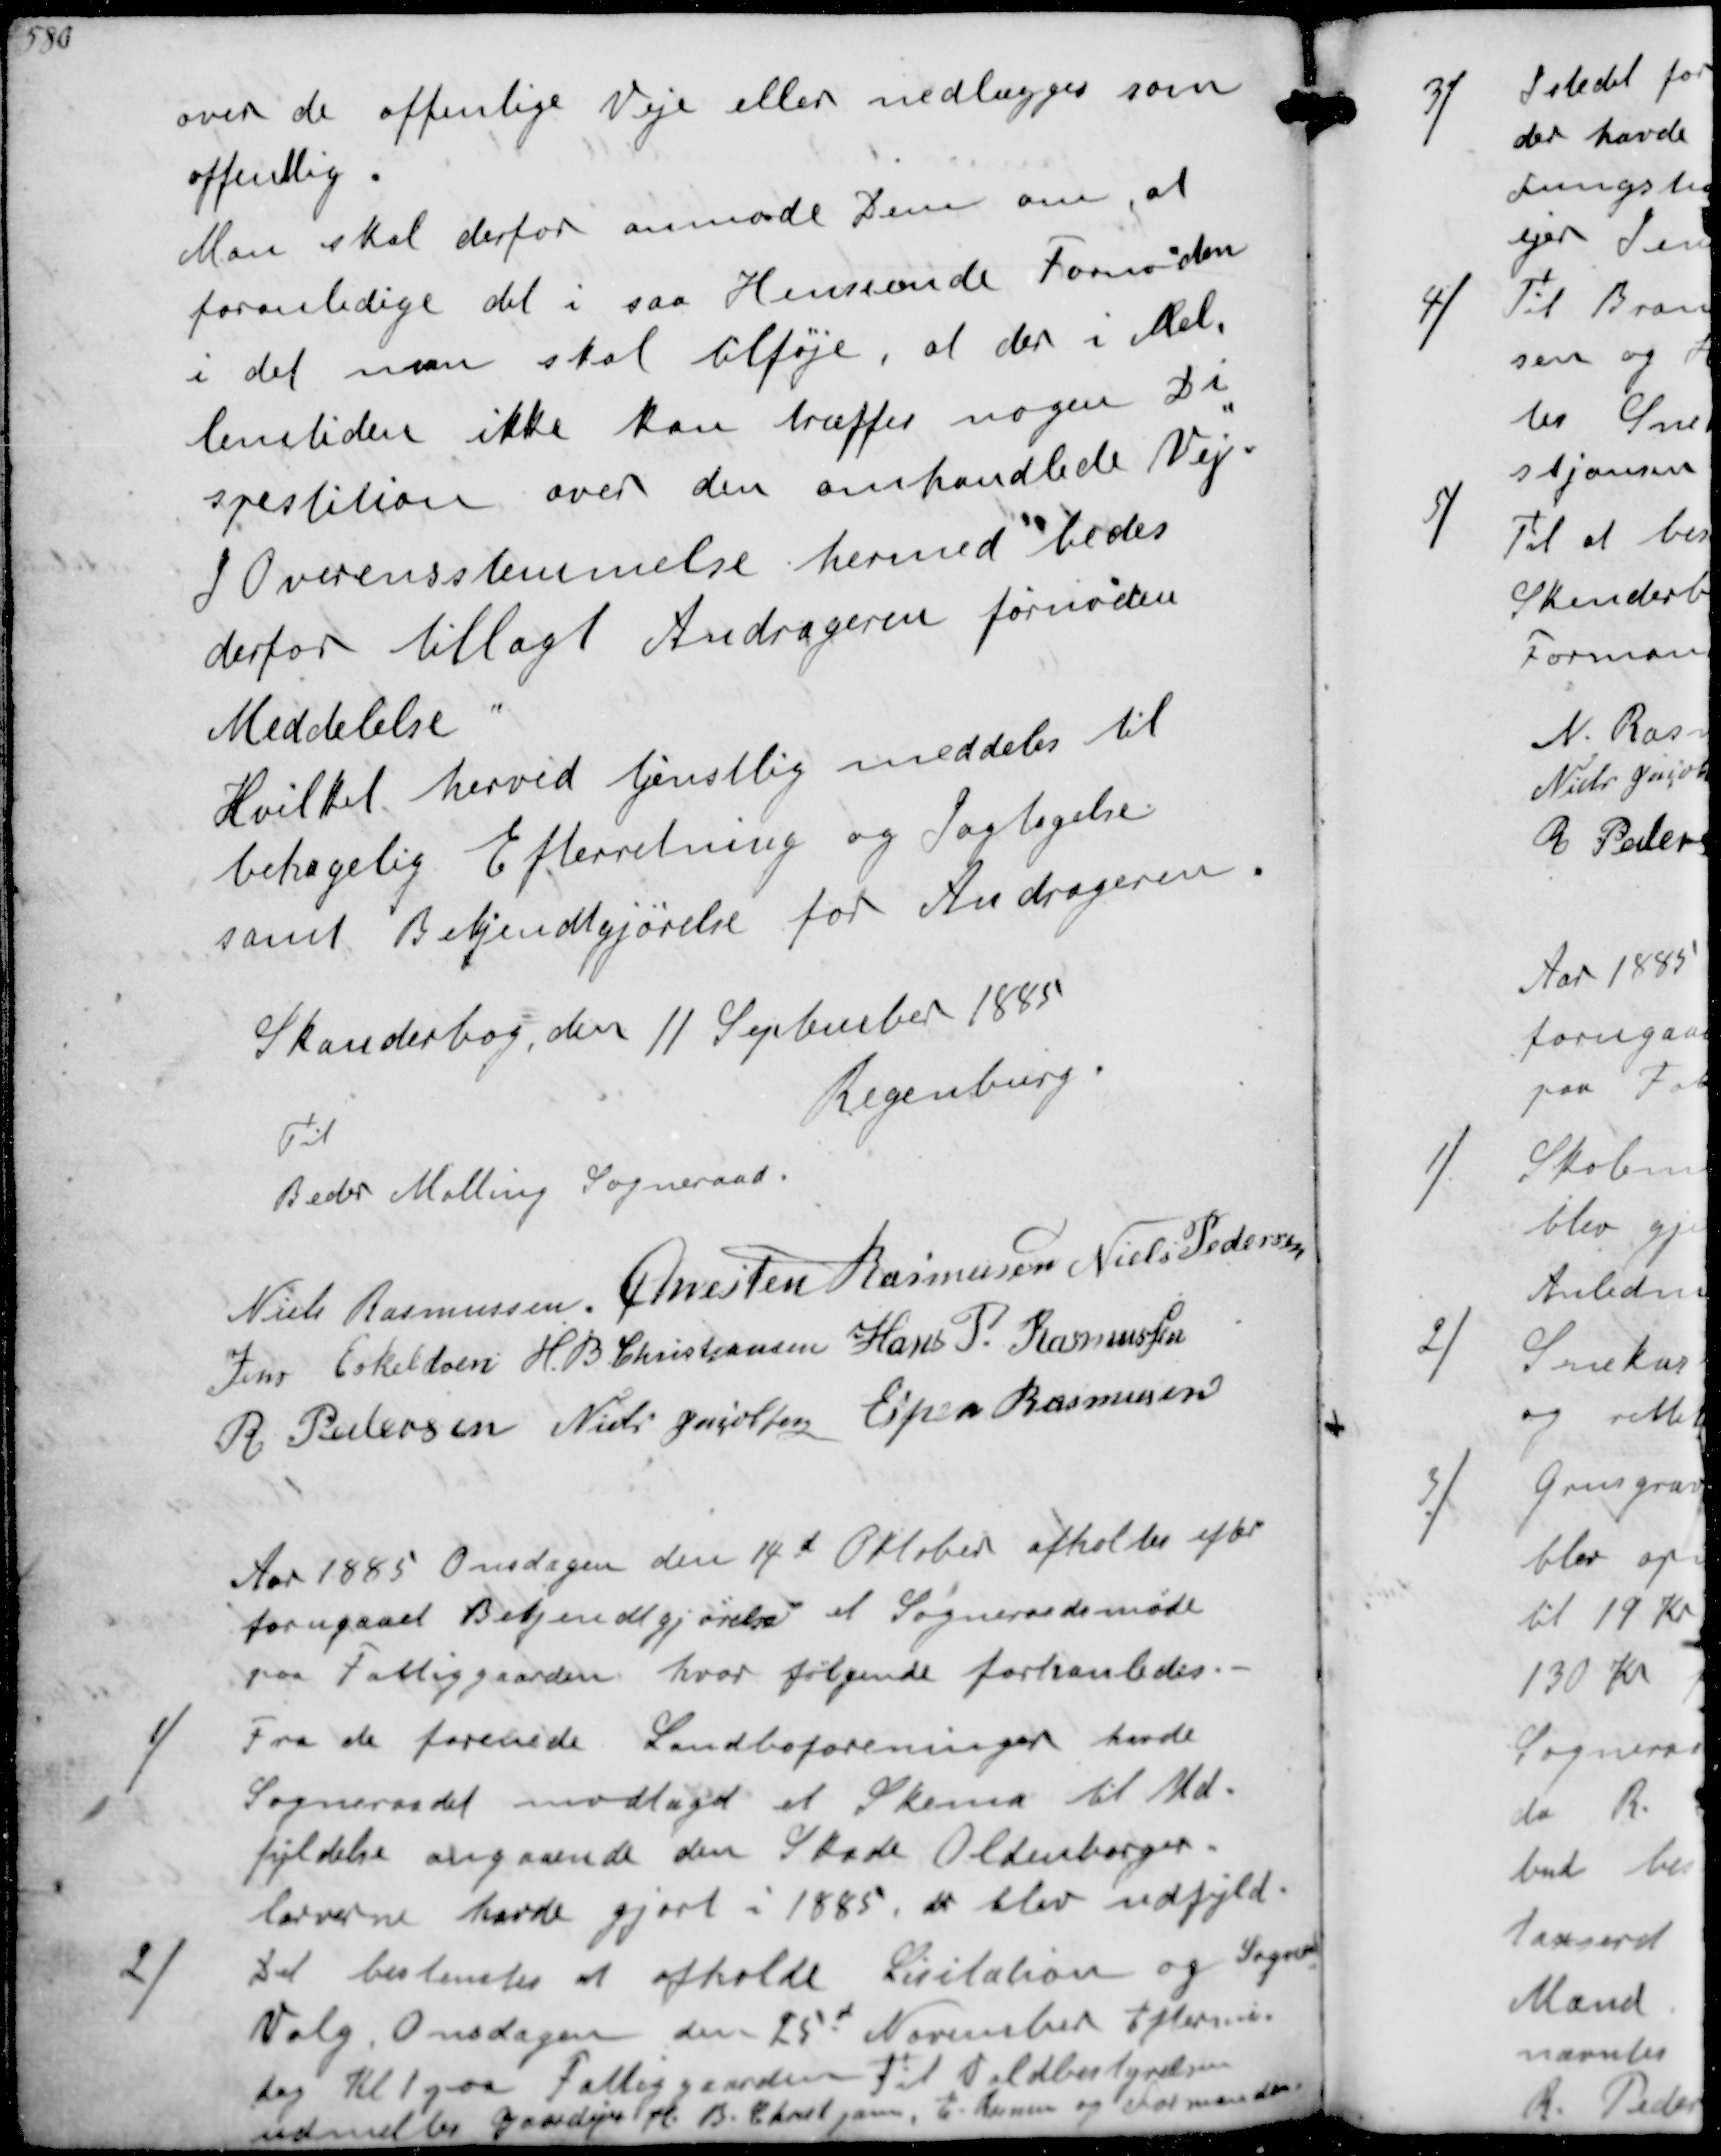
Transskription:
over de offenlige Veje eller nedlægges som
offentlig.
Man skal derfor anmode Dem om, at
foranledige det i saa Henseende Fornøden
i det man skal tilføje, at der i Mel-
lemtiden ikke kan træffes nogen Di-
spestiton over den omhandlede Vej
I Overensstemmelse hermed bedes
derfor tillagt Andrageren fornøden
Meddelelse
Hvilket herved tjenstlig meddeles til
behagelig Efterretning og Iagtagelse
samt Bekendtgjørelse for Andrageren.
Skanderbog den 11 September 1885
Regenburg
Til
Beder Malling Sogneraad.
Niels Rasmussen
Chresten Rasmussen
Niels Pedersen
Jens Eskeldsen
H. B Christjansen
Hans P. Rasmussen
R Pedersen
Niels Jacobsen
Espen Rasmussen
Aar 1885 Onsdagen den 14d Oktober afholdes efter
forugaaet Bekjendtgjørelse et Sogneraadsmøde
paa Fattiggaarden hvor følgende forhanledes.
1/
Fra de forenede Landboforeninger havde
Sogneraadet modtaget et Skema til Ud-
fyldelse angaaende den Skade Oldenborger-
larverne havde gjort i 1885, de blev udfyld.
2/
Det bestemtes at afholde Licitation og Sogner
Valg Onsdagen den 25d November Eftermid-
dag Kl 1 paa Fattiggaarden Til Valdbestyrelsen
udmeltes Gaardejer H B. Christjansen, E Rasm og Formanden